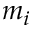
m _ { i }